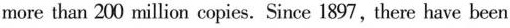
more than 200 million copies. Since 1897, there have been